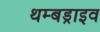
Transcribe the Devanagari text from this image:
थम्बड्राइव